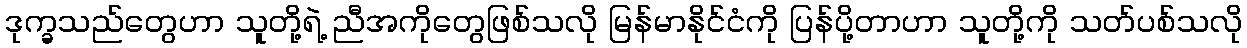
ဒုက္ခသည်တွေဟာ သူတို့ရဲ့ ညီအကိုတွေဖြစ်သလို မြန်မာနိုင်ငံကို ပြန်ပို့တာဟာ သူတို့ကို သတ်ပစ်သလို